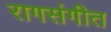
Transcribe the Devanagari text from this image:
रागसंगीत